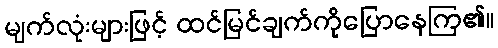
မျက်လုံးများဖြင့် ထင်မြင်ချက်ကိုပြောနေကြ၏။